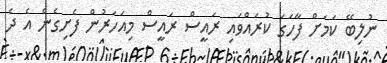
ނުލިބޭ ކަމަށް ފާހަގަ ކުރައްވައި ރައީސް ރައީސް މިއަހަރުން ފެށިގެން އެ ދެ